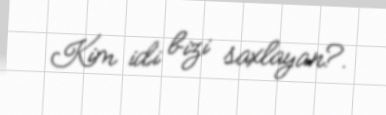
Kim idi bizi saxlayan?.